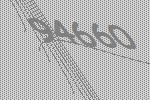
94660